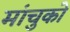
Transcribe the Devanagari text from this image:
मांचुको